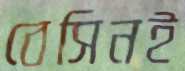
বেসিনই